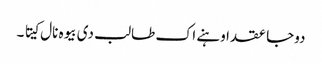
دوجا عقد اوہنے اک طالب دی بیوہ نال کیتا ۔